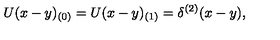
U ( x - y ) _ { ( 0 ) } = U ( x - y ) _ { ( 1 ) } = \delta ^ { ( 2 ) } ( x - y ) ,